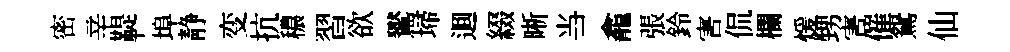
密辛鞮埠静变抗穠習欲鸑埽逥綴晰当龕張鈴害侃欄煖甥害催鴛仙